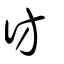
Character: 彷